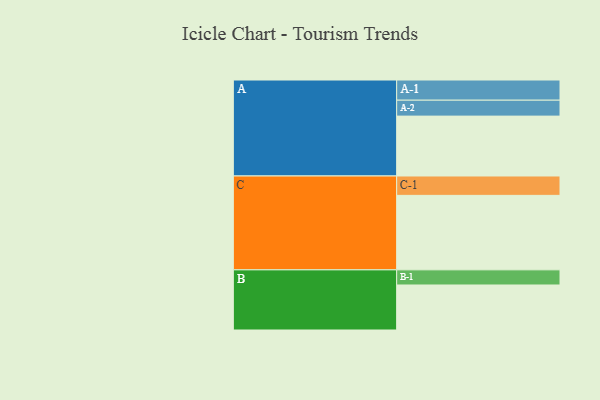
{"axis": {"x": "Segment", "y": "Value"}, "legend": ["", "A", "B", "C"], "data": [{"x": "A", "y": 451, "type": ""}, {"x": "B", "y": 339, "type": ""}, {"x": "C", "y": 561, "type": ""}, {"x": "A-1", "y": 152, "type": "A"}, {"x": "A-2", "y": 120, "type": "A"}, {"x": "B-1", "y": 114, "type": "B"}, {"x": "C-1", "y": 146, "type": "C"}]}